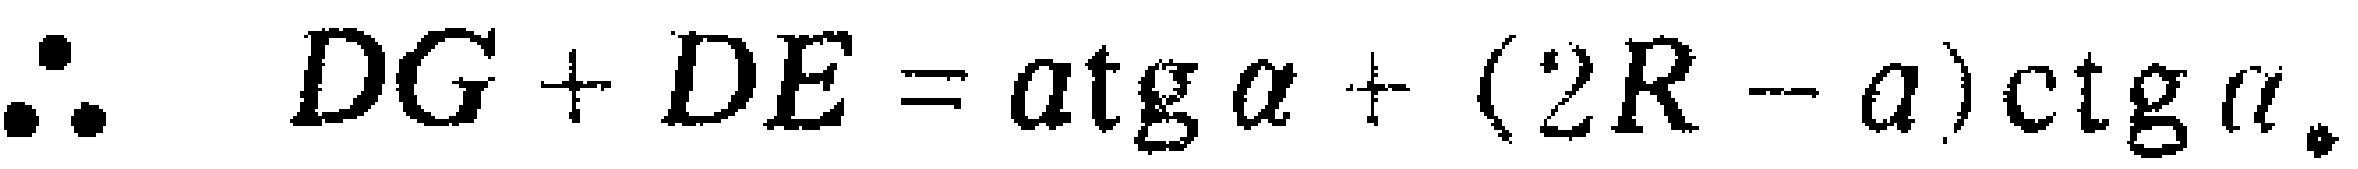
\(\therefore DG + DE = a\mathrm{tg}\alpha+(2R - a)\mathrm{ctg}\alpha\)